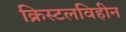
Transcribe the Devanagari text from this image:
क्रिस्टलविहीन